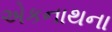
એકનાથના